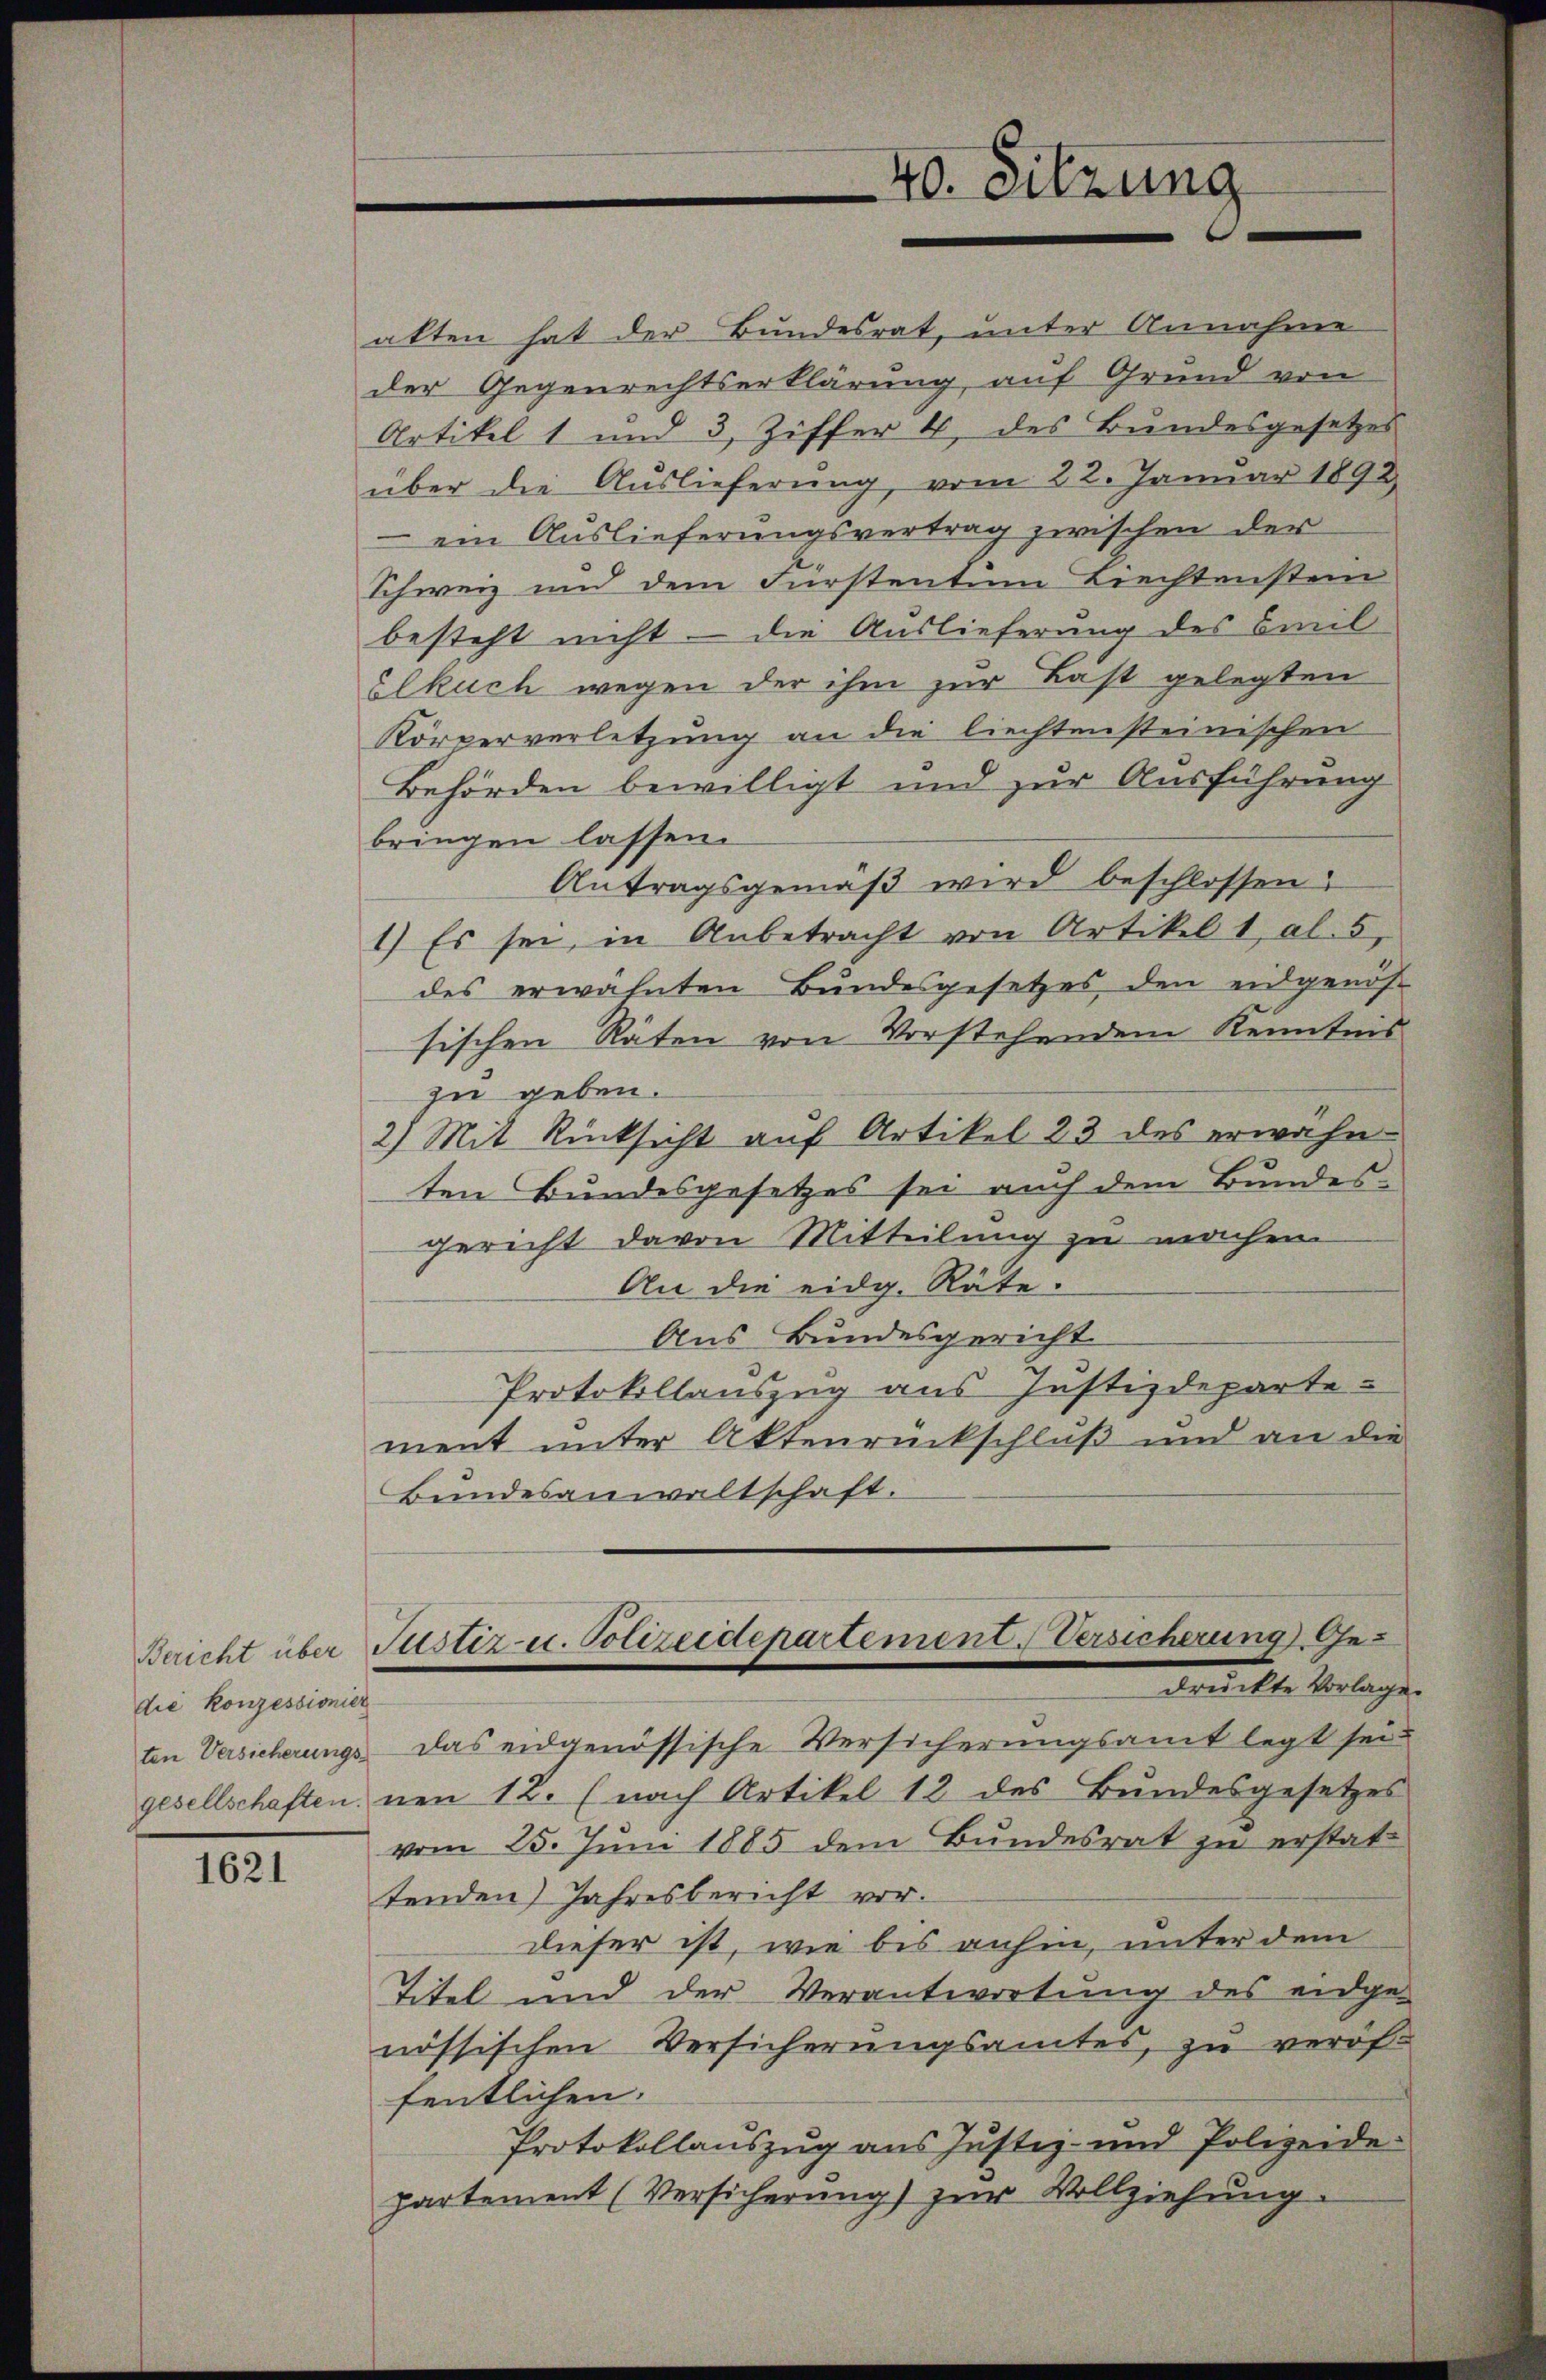
die Konzessionier

1621

alten hat der Bundesrat, unter Annahme
der Gegenrechtserklärung auf Grund von
Artikel 1 und 3, Ziffer 4, des Bundesgesetzes
über die Auslieferung vom 22. Januar 1892.
 ein Auslieferungsvertrag zwischen der
Schweiz und dem Fürstentum Biechtenstein
besteht nicht – die Auslieferung des Emil
Elkuch wegen der ihm zur Last gelegten
Körperverletzung an die liechtensteinischen
Behörden bewilligt und zur Ausführung
bringen lassen.
Antragsgemäβ wird beschlossen:
1) Es sei, in Anbetracht von Artikel 1 al. 5,
des erwähnten Bundesgesetzes den eidgenös-
sischen Räten von Vorstehendem Kenntnis
zu geben.
2) Mit Rücksicht auf Artikel 23 des erwähn
ten Bundesgesetzes sei auch dem Bundes¬
Gericht davon Mitteilung zu machen.
An die eidg. Räte.
Aus Bundesgericht
Protokollauszug aus Justizdeparte-
ment unter Aktenrückschluß und an die
Bundesanwaltschaft.
Bericht über Justiz u. Polizeidepartement. Versicherung Gedruckte Vorlage
ten Versicherungs das eidgenössische Versicherungsamt legt sei.
gesellschaften nen 12. (nach Artikel 12 des Bundesgesetzes
vom 25. Juni 1885 dem Bundesrat zu erstat-
tenden Jahresbericht vordieser ist, wie bis anhin, unter dem
Titel und der Verantwortung des eidge-
nössischen Versicherungsamtes, zu veröffentlichen.
Protokollauszug aus Justiz- und Polizeide
partement (Versicherung) zur Vollziehung.

40. Sitzung